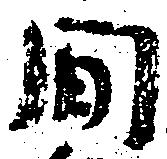
間